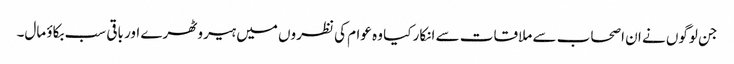
جن لوگوں نے ان اصحاب سے ملاقات سے انکار کیا وہ عوام کی نظروں میں ہیرو ٹھرے اور باقی سب بکاؤ مال۔